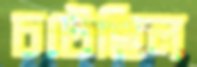
চটেছিল